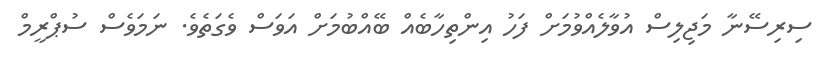
ސިރިސޭނާ މަޖިލިސް އުވާލެއްވުމަށް ފަހު އިންތިހާބެއް ބޭއްބުމަށް އަވަސް ވެގަތެވެ. ނަމަވެސް ސުޕްރީމް